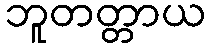
ဘူတတ္တာယ